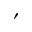
'